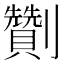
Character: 劗